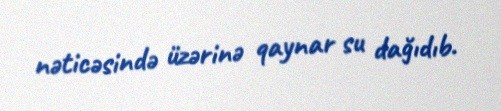
nəticəsində üzərinə qaynar su dağıdıb.